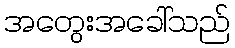
အတွေးအခေါ်သည်